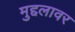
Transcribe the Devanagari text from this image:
मुद्दलावर